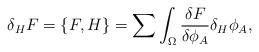
LaTeX: \begin{align*}\delta_H F=\{ F,H \} =\sum\int_{\Omega} {{\delta F} \over {\delta\phi_A}}\delta_H\phi_A,\end{align*}